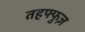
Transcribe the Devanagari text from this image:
तहफ्फुज़